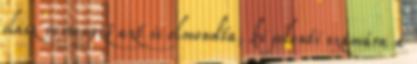
olasz versenyző azt is elmondta, ki jelenti számára a